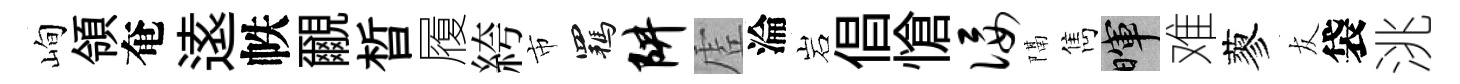
峋領奄逺帙覼晳履絝市羈阱虗淪岩倡愴佞隔雋暉难蓼友袋洮